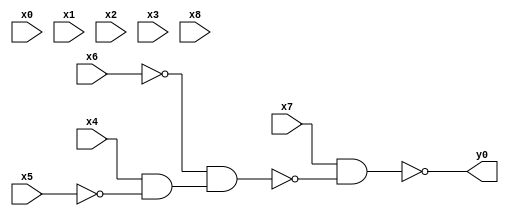
module top( x0 , x1 , x2 , x3 , x4 , x5 , x6 , x7 , x8 , y0 );
  input x0 , x1 , x2 , x3 , x4 , x5 , x6 , x7 , x8 ;
  output y0 ;
  wire n10 , n11 , n12 ;
  assign n10 = x4 & ~x5 ;
  assign n11 = ~x6 & n10 ;
  assign n12 = x7 & ~n11 ;
  assign y0 = ~n12 ;
endmodule